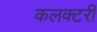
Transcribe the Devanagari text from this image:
कलक्‍टरी